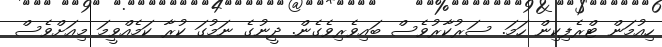
ހިއުމަން ޓްރެފިކިން ހަމަ. ސަރުކާރުވެސް ބައިވެރިވެގެން. ދީނުގެ ނަމުގަ ކުރާ ކަމެއްވީމަ މިއަށްވެސް